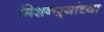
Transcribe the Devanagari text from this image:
मिशनऱ्यांच्या